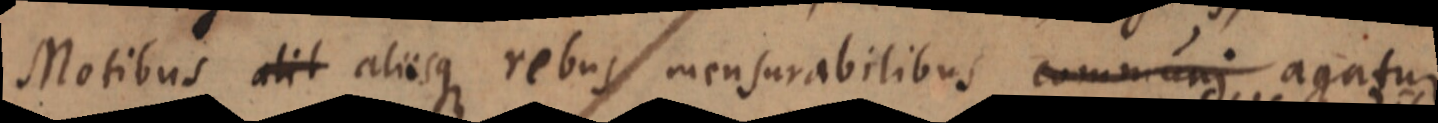
Motibus, alit aliisque rebus mensurabilibus communi agatur